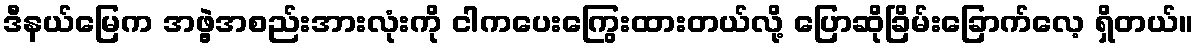
ဒီနယ်မြေက အဖွဲ့အစည်းအားလုံးကို ငါကပေးကြွေးထားတယ်လို့ ပြောဆိုခြိမ်းခြောက်လေ့ ရှိတယ်။